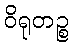
ဝိရုတဉ္စ